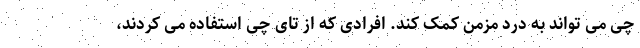
چی می تواند به درد مزمن کمک کند. افرادی که از تای چی استفاده می کردند،